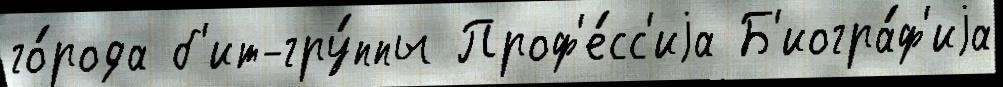
го́рода б'ит-гру́ппы Проф'е́сс'иjа Б'иогра́ф'иjа